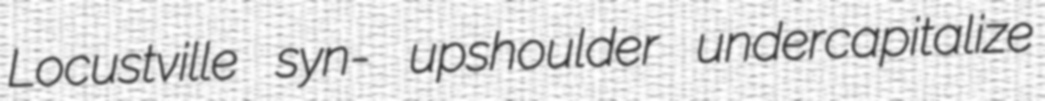
Locustville syn- upshoulder undercapitalize